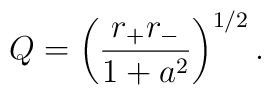
Q=\left({r_+ r_-\over 1+a^2}\right)^{1/2}.